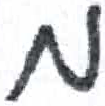
אות: מ